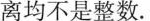
离均不是整数。